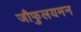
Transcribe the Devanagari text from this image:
जौफुलयमन